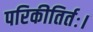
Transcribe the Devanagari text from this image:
परिकीतिर्तः।